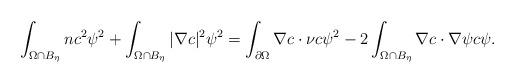
LaTeX: \begin{align*}\int_{\Omega\cap B_{\eta}}n c^{2}\psi^{2}+\int_{\Omega\cap B_{\eta}}|\nabla c|^{2}\psi^{2}=\int_{\partial\Omega}\nabla c\cdot\nu c\psi^{2} -2\int_{\Omega\cap B_{\eta}} \nabla c\cdot \nabla \psi c\psi.\end{align*}